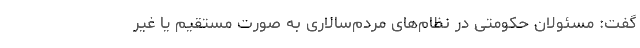
گفت: مسئولان حکومتی در نظام‌های مردم‌سالاری به صورت مستقیم یا غیر